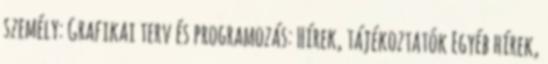
személy: Grafikai terv és programozás: Hírek, tájékoztatók Egyéb hírek,